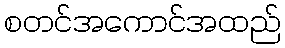
စတင်အကောင်အထည်